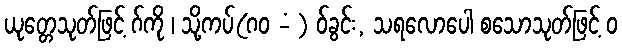
ယုတ္တေသုတ်ဖြင့် ဂ်ကို ၊ သို့ကပ်(ဂဝ -ံ ) ဝ်ခွင်း, သရလောပေါ စသောသုတ်ဖြင့် ဝ